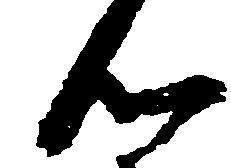
ん